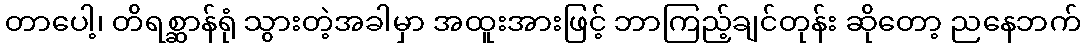
တာပေါ့၊ တိရစ္ဆာန်ရုံ သွားတဲ့အခါမှာ အထူးအားဖြင့် ဘာကြည့်ချင်တုန်း ဆိုတော့ ညနေဘက်